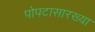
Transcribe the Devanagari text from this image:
पोपटासारख्या